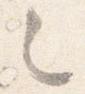
々